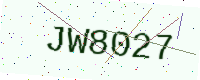
Text: JW8027